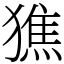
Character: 㺘